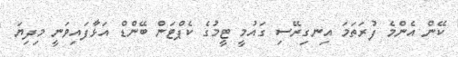
ކޭން އެންމެ ފުރަތަމަ އިނގިރޭސި ގައުމީ ޓީމުގެ ކެޕްޓަން ބޭންޑް އަޅާފައިވަނީ މިދިޔަ